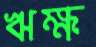
ঋক্ষ